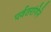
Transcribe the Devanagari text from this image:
पर्वतरांगेने